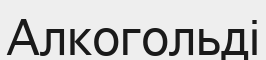
Алкогольді